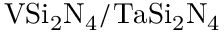
\mathrm { V S i _ { 2 } N _ { 4 } / T a S i _ { 2 } N _ { 4 } }